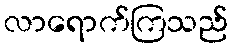
လာရောက်ကြသည်